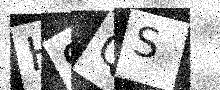
Text: H9QS